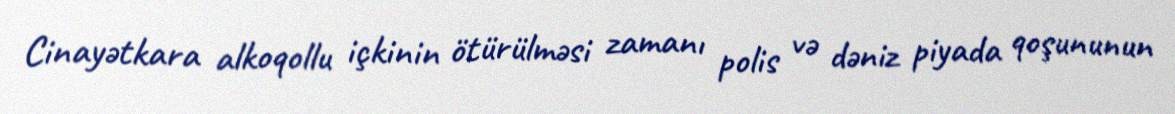
Cinayətkara alkoqollu içkinin ötürülməsi zamanı polis və dəniz piyada qoşununun